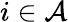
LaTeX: i\in{\cal A}